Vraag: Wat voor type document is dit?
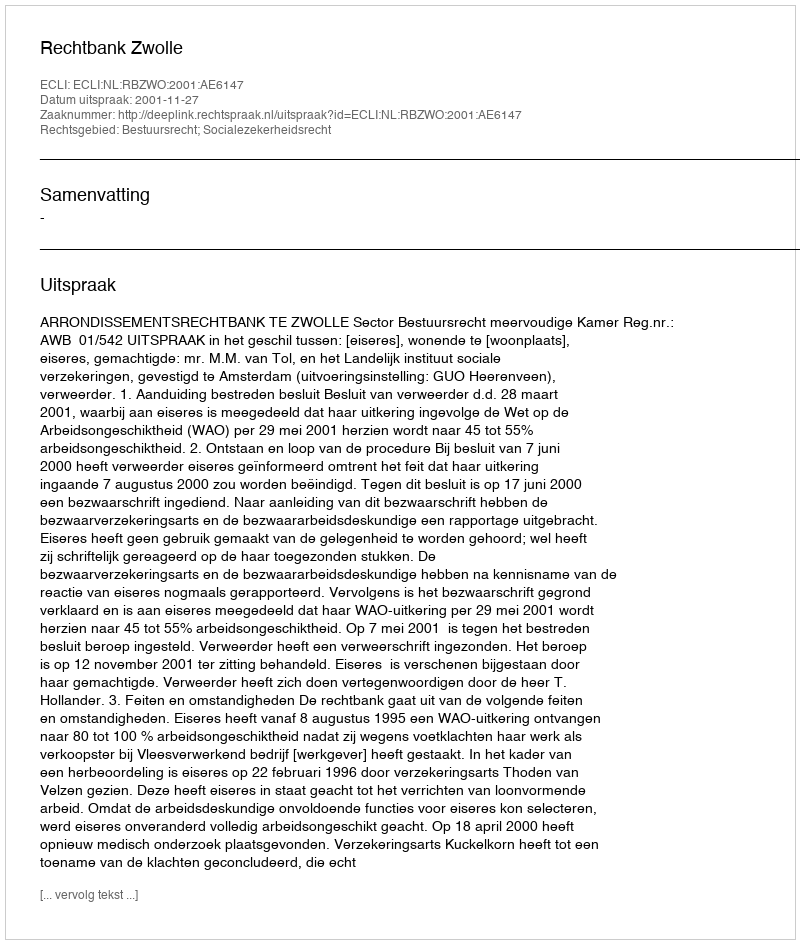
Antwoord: Uitspraak